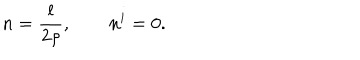
n = \frac { l } { 2 \rho } , \qquad n ^ { i } = 0 .